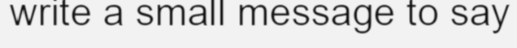
write a small message to say